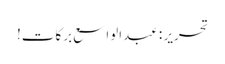
تحریر : عبدالواسع برکات!